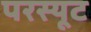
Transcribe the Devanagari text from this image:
परस्यूट